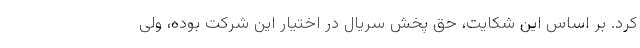
کرد. بر اساس این شکایت، حق پخش سریال در اختیار این شرکت بوده، ولی